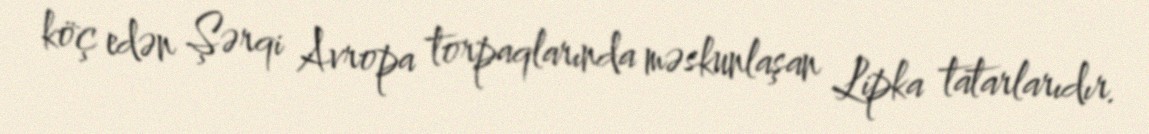
köç edən Şərqi Avropa torpaqlarında məskunlaşan Lipka tatarlarıdır.